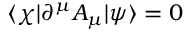
\langle \chi | \partial ^ { \mu } A _ { \mu } | \psi \rangle = 0